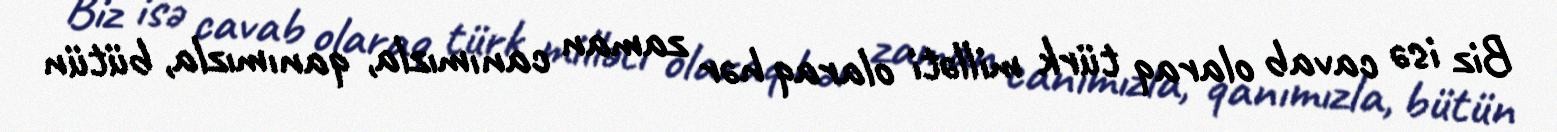
Biz isə cavab olaraq türk milləti olaraq hər zaman canımızla, qanımızla, bütün